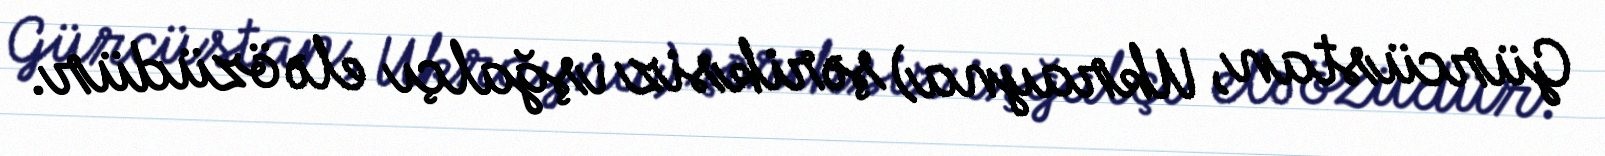
Gürcüstan, Ukrayna) şəriksiz işğalçı elə özüdür.